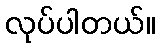
လုပ်ပါတယ်။